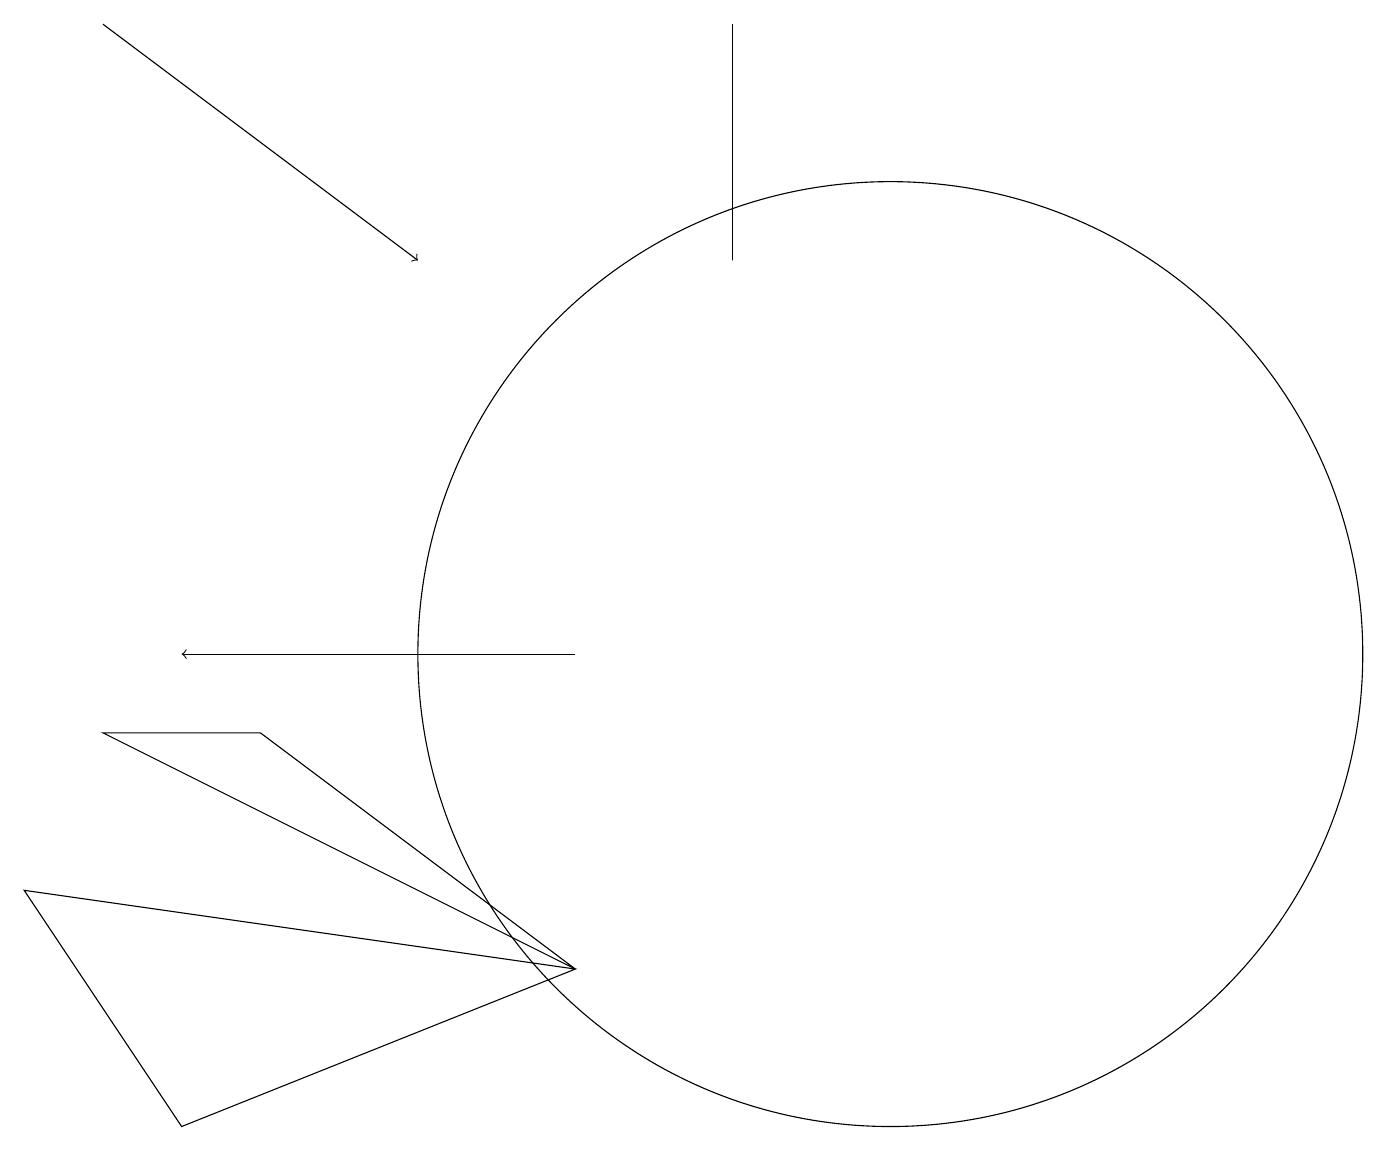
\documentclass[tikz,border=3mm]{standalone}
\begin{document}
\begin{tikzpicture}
\draw (9,15) rectangle (9,18);
\draw[->] (7,10) -- (2,10);
\draw (11,10) circle (6);
\draw (3,9) -- (1,9) -- (7,6) -- cycle;
\draw[->] (1,18) -- (5,15);
\draw (2,4) -- (0,7) -- (7,6) -- cycle;
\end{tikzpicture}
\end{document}